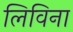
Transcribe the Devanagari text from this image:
लिविना